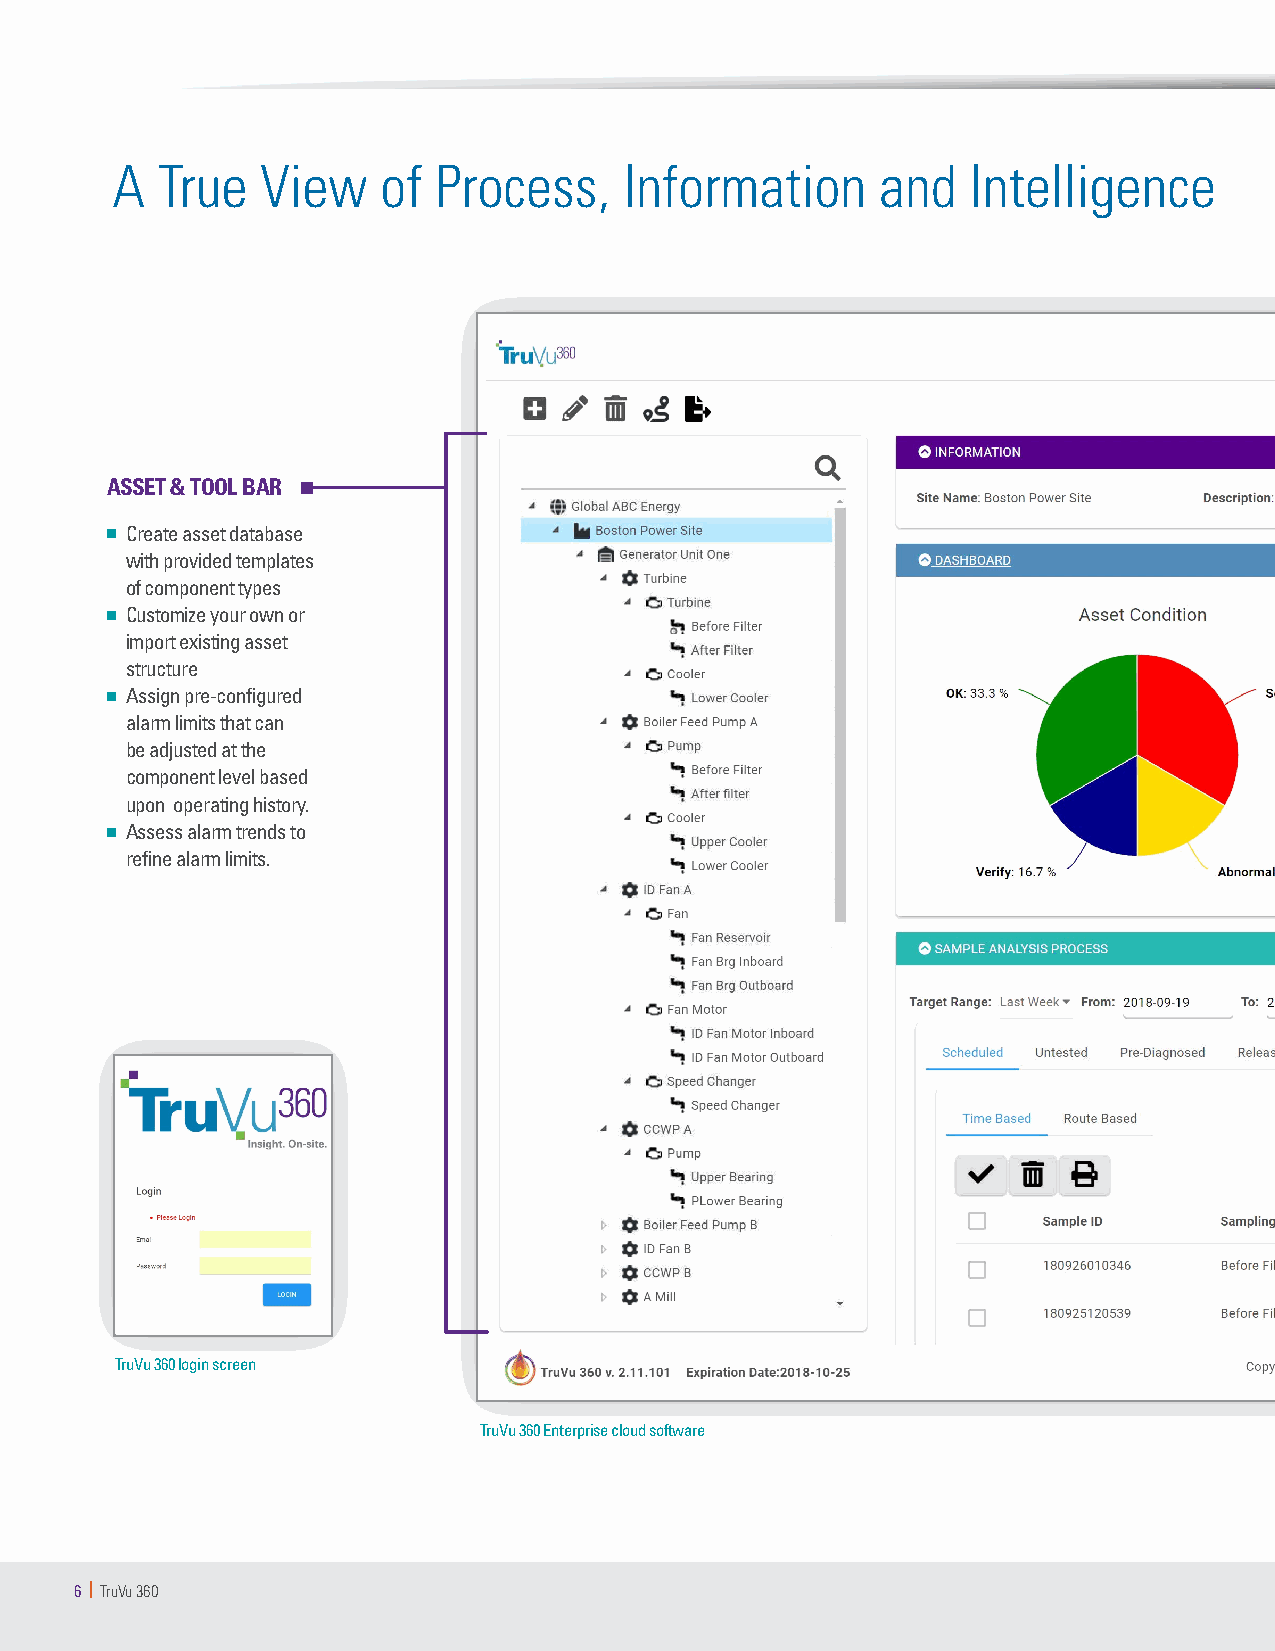
A  True   View    of  Process,    Information      and   Intelligence
 ASSET & TOOL BAR
 n Create asset database
 with provided templates
 of component types
 n Customize your own or
 import existing asset
 structure
 n Assign pre-configured
 alarm limits that can
 be adjusted at the
 component level based
 upon operating history.
 n Assess alarm trends to
 refine alarm limits.
 TruVu 360 login screen
 TruVu 360 Enterprise cloud software
 6 | TruVu 360